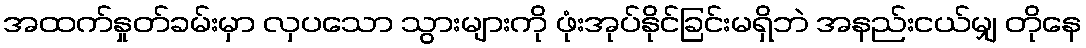
အထက်နှုတ်ခမ်းမှာ လှပသော သွားများကို ဖုံးအုပ်နိုင်ခြင်းမရှိဘဲ အနည်းငယ်မျှ တိုနေ